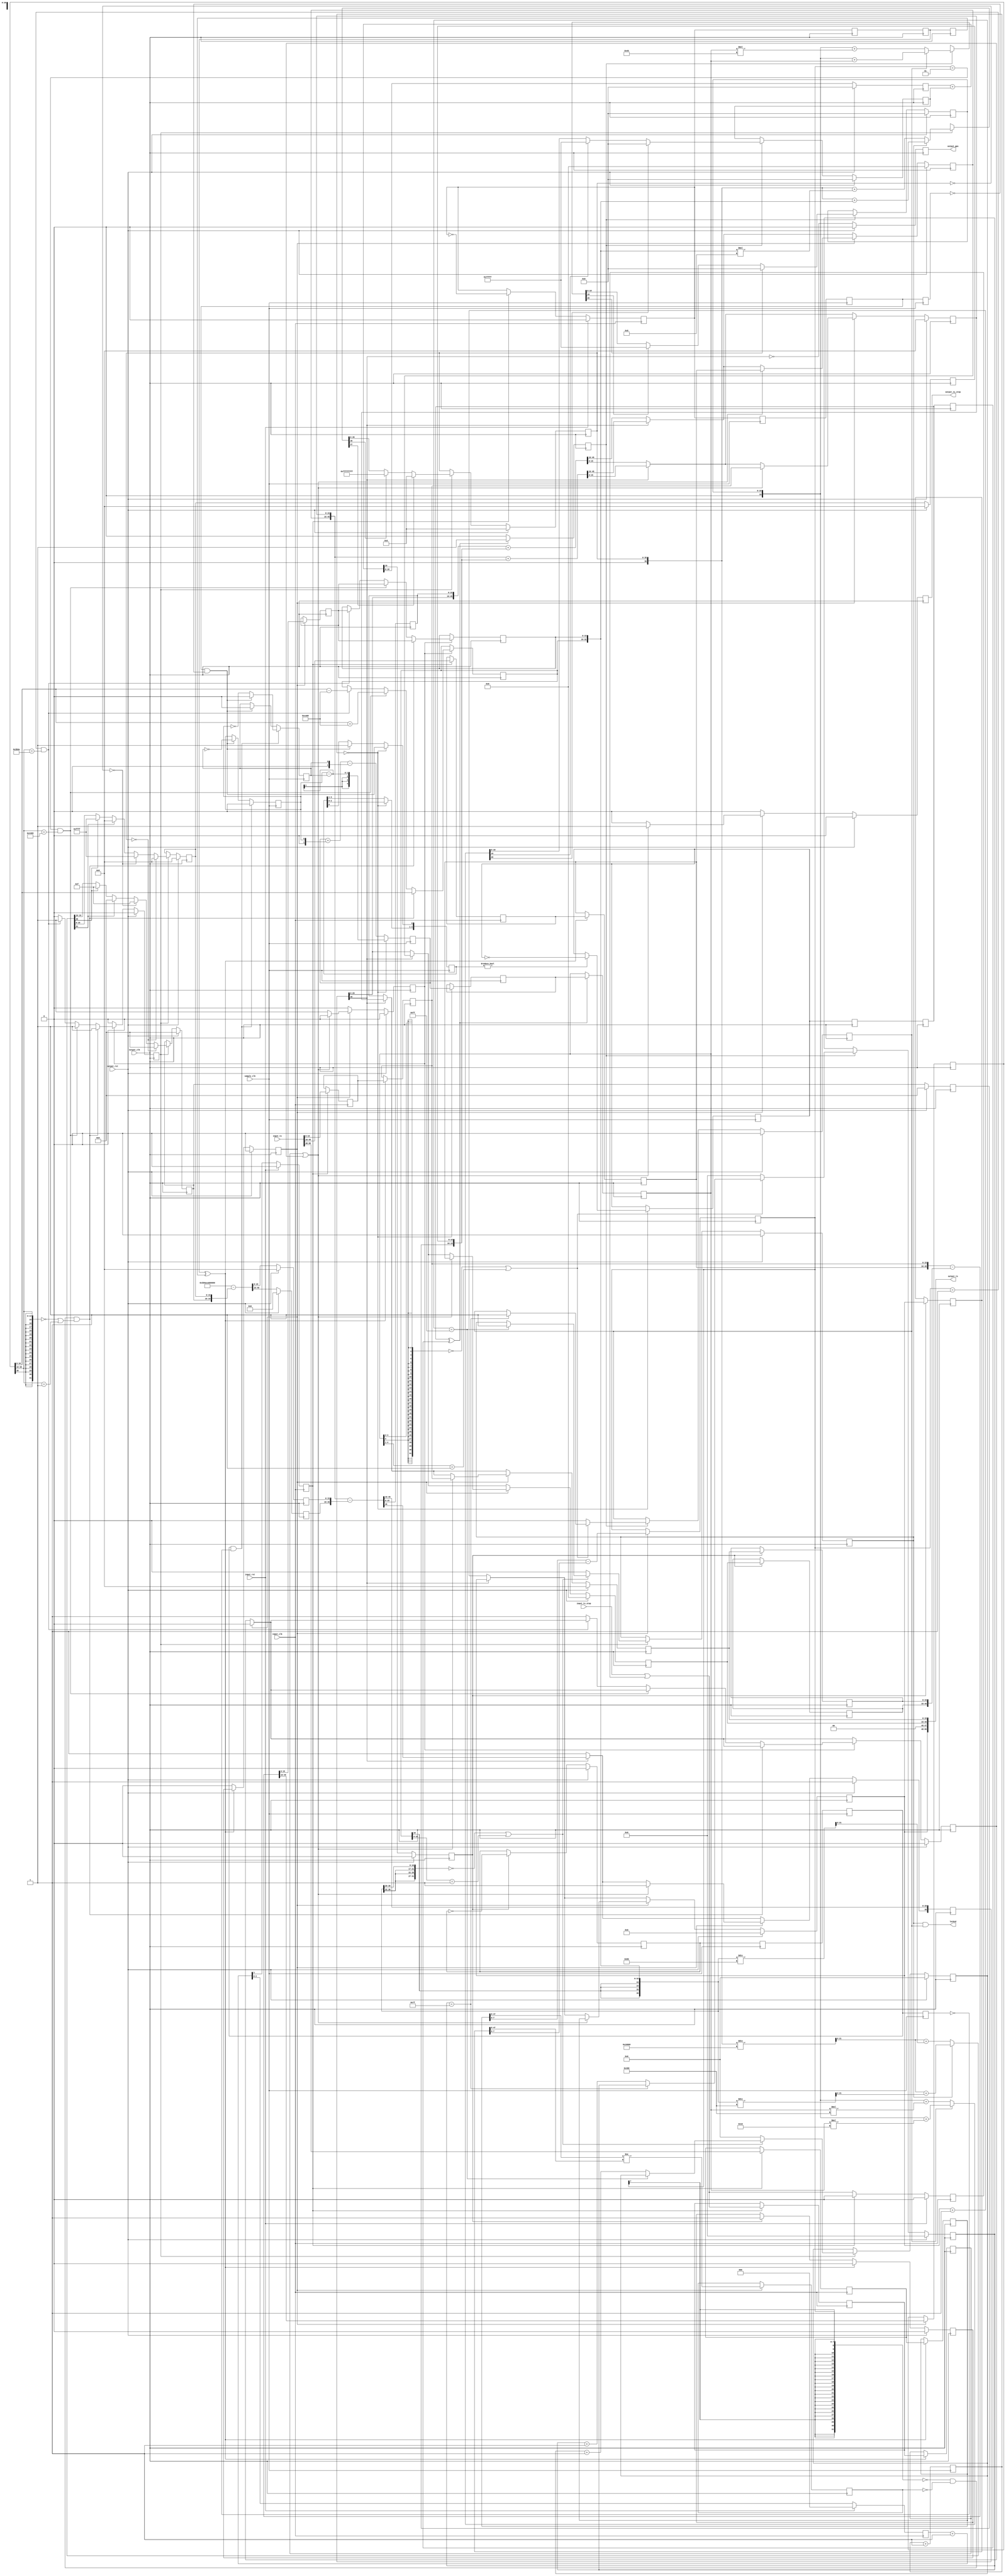
/*

Copyright (c) 2019-2021 Alex Forencich

Permission is hereby granted, free of charge, to any person obtaining a copy
of this software and associated documentation files (the "Software"), to deal
in the Software without restriction, including without limitation the rights
to use, copy, modify, merge, publish, distribute, sublicense, and/or sell
copies of the Software, and to permit persons to whom the Software is
furnished to do so, subject to the following conditions:

The above copyright notice and this permission notice shall be included in
all copies or substantial portions of the Software.

THE SOFTWARE IS PROVIDED "AS IS", WITHOUT WARRANTY OF ANY KIND, EXPRESS OR
IMPLIED, INCLUDING BUT NOT LIMITED TO THE WARRANTIES OF MERCHANTABILITY
FITNESS FOR A PARTICULAR PURPOSE AND NONINFRINGEMENT. IN NO EVENT SHALL THE
AUTHORS OR COPYRIGHT HOLDERS BE LIABLE FOR ANY CLAIM, DAMAGES OR OTHER
LIABILITY, WHETHER IN AN ACTION OF CONTRACT, TORT OR OTHERWISE, ARISING FROM,
OUT OF OR IN CONNECTION WITH THE SOFTWARE OR THE USE OR OTHER DEALINGS IN
THE SOFTWARE.

*/

// Language: Verilog 2001

`resetall
`timescale 1ns / 1ps
`default_nettype none

/*
 * PTP clock CDC (clock domain crossing) module
 */
module ptp_clock_cdc #
(
    parameter TS_WIDTH = 96,
    parameter NS_WIDTH = 4,
    parameter FNS_WIDTH = 16,
    parameter USE_SAMPLE_CLOCK = 1,
    parameter LOG_RATE = 3,
    parameter PIPELINE_OUTPUT = 0
)
(
    input  wire                 input_clk,
    input  wire                 input_rst,
    input  wire                 output_clk,
    input  wire                 output_rst,
    input  wire                 sample_clk,

    /*
     * Timestamp inputs from source PTP clock
     */
    input  wire [TS_WIDTH-1:0]  input_ts,
    input  wire                 input_ts_step,

    /*
     * Timestamp outputs
     */
    output wire [TS_WIDTH-1:0]  output_ts,
    output wire                 output_ts_step,

    /*
     * PPS output
     */
    output wire                 output_pps,

    /*
     * Status
     */
    output wire                 locked
);

// bus width assertions
initial begin
    if (TS_WIDTH != 64 && TS_WIDTH != 96) begin
        $error("Error: Timestamp width must be 64 or 96");
        $finish;
    end
end

parameter TS_NS_WIDTH = TS_WIDTH == 96 ? 30 : 48;

parameter PHASE_CNT_WIDTH = LOG_RATE;
parameter PHASE_ACC_WIDTH = PHASE_CNT_WIDTH+16;

parameter LOG_SAMPLE_SYNC_RATE = LOG_RATE;
parameter SAMPLE_ACC_WIDTH = LOG_SAMPLE_SYNC_RATE+2;

parameter DEST_SYNC_LOCK_WIDTH = 7;
parameter PTP_LOCK_WIDTH = 8;

localparam [30:0] NS_PER_S = 31'd1_000_000_000;

reg [NS_WIDTH-1:0] period_ns_reg = 0, period_ns_next;
reg [FNS_WIDTH-1:0] period_fns_reg = 0, period_fns_next;
reg [NS_WIDTH-1:0] period_ns_delay_reg = 0, period_ns_delay_next;
reg [FNS_WIDTH-1:0] period_fns_delay_reg = 0, period_fns_delay_next;
reg [30:0] period_ns_ovf_reg = 0, period_ns_ovf_next;
reg [FNS_WIDTH-1:0] period_fns_ovf_reg = 0, period_fns_ovf_next;

reg [47:0] src_ts_s_capt_reg = 0;
reg [TS_NS_WIDTH-1:0] src_ts_ns_capt_reg = 0;
reg [FNS_WIDTH-1:0] src_ts_fns_capt_reg = 0;
reg src_ts_step_capt_reg = 0;

reg [47:0] dest_ts_s_capt_reg = 0;
reg [TS_NS_WIDTH-1:0] dest_ts_ns_capt_reg = 0;
reg [FNS_WIDTH-1:0] dest_ts_fns_capt_reg = 0;

reg [47:0] ts_s_sync_reg = 0;
reg [TS_NS_WIDTH-1:0] ts_ns_sync_reg = 0;
reg [FNS_WIDTH-1:0] ts_fns_sync_reg = 0;
reg ts_step_sync_reg = 0;

reg [47:0] ts_s_reg = 0, ts_s_next;
reg [TS_NS_WIDTH-1:0] ts_ns_reg = 0, ts_ns_next;
reg [FNS_WIDTH-1:0] ts_fns_reg = 0, ts_fns_next;
reg [TS_NS_WIDTH-1:0] ts_ns_inc_reg = 0, ts_ns_inc_next;
reg [FNS_WIDTH-1:0] ts_fns_inc_reg = 0, ts_fns_inc_next;
reg [TS_NS_WIDTH+1-1:0] ts_ns_ovf_reg = {TS_NS_WIDTH+1{1'b1}}, ts_ns_ovf_next;
reg [FNS_WIDTH-1:0] ts_fns_ovf_reg = {FNS_WIDTH{1'b1}}, ts_fns_ovf_next;

reg ts_step_reg = 1'b0, ts_step_next;

reg pps_reg = 1'b0;

reg [47:0] ts_s_pipe_reg[0:PIPELINE_OUTPUT-1];
reg [TS_NS_WIDTH-1:0] ts_ns_pipe_reg[0:PIPELINE_OUTPUT-1];
reg [FNS_WIDTH-1:0] ts_fns_pipe_reg[0:PIPELINE_OUTPUT-1];
reg ts_step_pipe_reg[0:PIPELINE_OUTPUT-1];
reg pps_pipe_reg[0:PIPELINE_OUTPUT-1];

reg [PHASE_CNT_WIDTH-1:0] src_phase_reg = {PHASE_CNT_WIDTH{1'b0}};
reg [PHASE_ACC_WIDTH-1:0] dest_phase_reg = {PHASE_ACC_WIDTH{1'b0}}, dest_phase_next;
reg [PHASE_ACC_WIDTH-1:0] dest_phase_inc_reg = {PHASE_ACC_WIDTH{1'b0}}, dest_phase_inc_next;

reg src_sync_reg = 1'b0;
reg src_update_reg = 1'b0;
reg dest_sync_reg = 1'b0, dest_sync_next = 1'b0;
reg dest_update_reg = 1'b0, dest_update_next = 1'b0;

reg src_sync_sync1_reg = 1'b0;
reg src_sync_sync2_reg = 1'b0;
reg src_sync_sync3_reg = 1'b0;
reg dest_sync_sync1_reg = 1'b0;
reg dest_sync_sync2_reg = 1'b0;
reg dest_sync_sync3_reg = 1'b0;

reg src_sync_sample_sync1_reg = 1'b0;
reg src_sync_sample_sync2_reg = 1'b0;
reg src_sync_sample_sync3_reg = 1'b0;
reg dest_sync_sample_sync1_reg = 1'b0;
reg dest_sync_sample_sync2_reg = 1'b0;
reg dest_sync_sample_sync3_reg = 1'b0;

reg [SAMPLE_ACC_WIDTH-1:0] sample_acc_reg = 0, sample_acc_next = 0;
reg [SAMPLE_ACC_WIDTH-1:0] sample_acc_out_reg = 0;
reg [LOG_SAMPLE_SYNC_RATE-1:0] sample_cnt_reg = 0;
reg sample_update_reg = 1'b0;
reg sample_update_sync1_reg = 1'b0;
reg sample_update_sync2_reg = 1'b0;
reg sample_update_sync3_reg = 1'b0;

generate

if (PIPELINE_OUTPUT > 0) begin

    // pipeline
    (* shreg_extract = "no" *)
    reg [TS_WIDTH-1:0]  output_ts_reg[0:PIPELINE_OUTPUT-1];
    (* shreg_extract = "no" *)
    reg                 output_ts_step_reg[0:PIPELINE_OUTPUT-1];
    (* shreg_extract = "no" *)
    reg                 output_pps_reg[0:PIPELINE_OUTPUT-1];

    assign output_ts = output_ts_reg[PIPELINE_OUTPUT-1];
    assign output_ts_step = output_ts_step_reg[PIPELINE_OUTPUT-1];
    assign output_pps = output_pps_reg[PIPELINE_OUTPUT-1];

    integer i;

    initial begin
        for (i = 0; i < PIPELINE_OUTPUT; i = i + 1) begin
            output_ts_reg[i] = 0;
            output_ts_step_reg[i] = 1'b0;
            output_pps_reg[i] = 1'b0;
        end
    end

    always @(posedge output_clk) begin
        if (TS_WIDTH == 96) begin
            output_ts_reg[0][95:48] <= ts_s_reg;
            output_ts_reg[0][47:46] <= 2'b00;
            output_ts_reg[0][45:16] <= ts_ns_reg;
            output_ts_reg[0][15:0]  <= {ts_fns_reg, 16'd0} >> FNS_WIDTH;
        end else if (TS_WIDTH == 64) begin
            output_ts_reg[0][63:16] <= ts_ns_reg;
            output_ts_reg[0][15:0]  <= {ts_fns_reg, 16'd0} >> FNS_WIDTH;
        end

        output_ts_step_reg[0] <= ts_step_reg;
        output_pps_reg[0] <= pps_reg;

        for (i = 0; i < PIPELINE_OUTPUT-1; i = i + 1) begin
            output_ts_reg[i+1] <= output_ts_reg[i];
            output_ts_step_reg[i+1] <= output_ts_step_reg[i];
            output_pps_reg[i+1] <= output_pps_reg[i];
        end

        if (output_rst) begin
            for (i = 0; i < PIPELINE_OUTPUT; i = i + 1) begin
                output_ts_reg[i] <= 0;
                output_ts_step_reg[i] <= 1'b0;
                output_pps_reg[i] <= 1'b0;
            end
        end
    end

end else begin

    if (TS_WIDTH == 96) begin
        assign output_ts[95:48] = ts_s_reg;
        assign output_ts[47:46] = 2'b00;
        assign output_ts[45:16] = ts_ns_reg;
        assign output_ts[15:0]  = {ts_fns_reg, 16'd0} >> FNS_WIDTH;
    end else if (TS_WIDTH == 64) begin
        assign output_ts[63:16] = ts_ns_reg;
        assign output_ts[15:0]  = {ts_fns_reg, 16'd0} >> FNS_WIDTH;
    end

    assign output_ts_step = ts_step_reg;

    assign output_pps = pps_reg;

end

endgenerate

integer i;

initial begin
    for (i = 0; i < PIPELINE_OUTPUT; i = i + 1) begin
        ts_s_pipe_reg[i] = 0;
        ts_ns_pipe_reg[i] = 0;
        ts_fns_pipe_reg[i] = 0;
        ts_step_pipe_reg[i] = 1'b0;
        pps_pipe_reg[i] = 1'b0;
    end
end

// source PTP clock capture and sync logic
reg input_ts_step_reg = 1'b0;

always @(posedge input_clk) begin
    input_ts_step_reg <= input_ts_step || input_ts_step_reg;

    {src_update_reg, src_phase_reg} <= src_phase_reg+1;

    if (src_update_reg) begin
        // capture source TS
        if (TS_WIDTH == 96) begin
            src_ts_s_capt_reg <= input_ts[95:48];
            src_ts_ns_capt_reg <= input_ts[45:16];
        end else begin
            src_ts_ns_capt_reg <= input_ts[63:16];
        end
        src_ts_fns_capt_reg <= FNS_WIDTH > 16 ? input_ts[15:0] << (FNS_WIDTH-16) : input_ts[15:0] >> (16-FNS_WIDTH);
        src_ts_step_capt_reg <= input_ts_step || input_ts_step_reg;
        input_ts_step_reg <= 1'b0;
        src_sync_reg <= !src_sync_reg;
    end

    if (input_rst) begin
        input_ts_step_reg <= 1'b0;

        src_phase_reg <= {PHASE_CNT_WIDTH{1'b0}};
        src_sync_reg <= 1'b0;
        src_update_reg <= 1'b0;
    end
end

// CDC logic
always @(posedge output_clk) begin
    src_sync_sync1_reg <= src_sync_reg;
    src_sync_sync2_reg <= src_sync_sync1_reg;
    src_sync_sync3_reg <= src_sync_sync2_reg;
    dest_sync_sync1_reg <= dest_sync_reg;
    dest_sync_sync2_reg <= dest_sync_sync1_reg;
    dest_sync_sync3_reg <= dest_sync_sync2_reg;
end

always @(posedge sample_clk) begin
    src_sync_sample_sync1_reg <= src_sync_reg;
    src_sync_sample_sync2_reg <= src_sync_sample_sync1_reg;
    src_sync_sample_sync3_reg <= src_sync_sample_sync2_reg;
    dest_sync_sample_sync1_reg <= dest_sync_reg;
    dest_sync_sample_sync2_reg <= dest_sync_sample_sync1_reg;
    dest_sync_sample_sync3_reg <= dest_sync_sample_sync2_reg;
end

reg edge_1_reg = 1'b0;
reg edge_2_reg = 1'b0;

reg [3:0] active_reg = 0;

always @(posedge sample_clk) begin
    if (USE_SAMPLE_CLOCK) begin
        // phase and frequency detector
        if (dest_sync_sample_sync2_reg && !dest_sync_sample_sync3_reg) begin
            if (src_sync_sample_sync2_reg && !src_sync_sample_sync3_reg) begin
                edge_1_reg <= 1'b0;
                edge_2_reg <= 1'b0;
            end else begin
                edge_1_reg <= !edge_2_reg;
                edge_2_reg <= 1'b0;
            end
        end else if (src_sync_sample_sync2_reg && !src_sync_sample_sync3_reg) begin
            edge_1_reg <= 1'b0;
            edge_2_reg <= !edge_1_reg;
        end

        // accumulator
        sample_acc_reg <= $signed(sample_acc_reg) + $signed({1'b0, edge_2_reg}) - $signed({1'b0, edge_1_reg});

        sample_cnt_reg <= sample_cnt_reg + 1;

        if (src_sync_sample_sync2_reg && !src_sync_sample_sync3_reg) begin
            active_reg[0] <= 1'b1;
        end

        if (sample_cnt_reg == 0) begin
            active_reg <= {active_reg, src_sync_sample_sync2_reg && !src_sync_sample_sync3_reg};
            sample_acc_reg <= $signed({1'b0, edge_2_reg}) - $signed({1'b0, edge_1_reg});
            sample_acc_out_reg <= sample_acc_reg;
            if (active_reg != 0) begin
                sample_update_reg <= !sample_update_reg;
            end
        end
    end
end

always @(posedge output_clk) begin
    sample_update_sync1_reg <= sample_update_reg;
    sample_update_sync2_reg <= sample_update_sync1_reg;
    sample_update_sync3_reg <= sample_update_sync2_reg;
end

reg [SAMPLE_ACC_WIDTH-1:0] sample_acc_sync_reg = 0;
reg sample_acc_sync_valid_reg = 0;

always @(posedge output_clk) begin
    if (USE_SAMPLE_CLOCK) begin
        // latch in synchronized counts from phase detector
        sample_acc_sync_valid_reg <= 1'b0;
        if (sample_update_sync2_reg ^ sample_update_sync3_reg) begin
            sample_acc_sync_reg <= sample_acc_out_reg;
            sample_acc_sync_valid_reg <= 1'b1;
        end
    end else begin
        // phase and frequency detector
        if (dest_sync_sync2_reg && !dest_sync_sync3_reg) begin
            if (src_sync_sync2_reg && !src_sync_sync3_reg) begin
                edge_1_reg <= 1'b0;
                edge_2_reg <= 1'b0;
            end else begin
                edge_1_reg <= !edge_2_reg;
                edge_2_reg <= 1'b0;
            end
        end else if (src_sync_sync2_reg && !src_sync_sync3_reg) begin
            edge_1_reg <= 1'b0;
            edge_2_reg <= !edge_1_reg;
        end

        // accumulator
        sample_acc_reg <= $signed(sample_acc_reg) + $signed({1'b0, edge_2_reg}) - $signed({1'b0, edge_1_reg});

        sample_cnt_reg <= sample_cnt_reg + 1;

        if (src_sync_sync2_reg && !src_sync_sync3_reg) begin
            active_reg[0] <= 1'b1;
        end

        sample_acc_sync_valid_reg <= 1'b0;
        if (sample_cnt_reg == 0) begin
            active_reg <= {active_reg, src_sync_sync2_reg && !src_sync_sync3_reg};
            sample_acc_reg <= $signed({1'b0, edge_2_reg}) - $signed({1'b0, edge_1_reg});
            sample_acc_sync_reg <= sample_acc_reg;
            if (active_reg != 0) begin
                sample_acc_sync_valid_reg <= 1'b1;
            end
        end
    end
end

reg [PHASE_ACC_WIDTH-1:0] dest_err_int_reg = 0, dest_err_int_next = 0;
reg [1:0] dest_ovf;

reg [DEST_SYNC_LOCK_WIDTH-1:0] dest_sync_lock_count_reg = 0, dest_sync_lock_count_next;
reg dest_sync_locked_reg = 1'b0, dest_sync_locked_next;

always @* begin
    {dest_update_next, dest_phase_next} = dest_phase_reg + dest_phase_inc_reg;
    dest_phase_inc_next = dest_phase_inc_reg;

    dest_err_int_next = dest_err_int_reg;

    dest_sync_lock_count_next = dest_sync_lock_count_reg;
    dest_sync_locked_next = dest_sync_locked_reg;

    if (sample_acc_sync_valid_reg) begin
        // updated sampled dest_phase error

        // time integral of error
        if (dest_sync_locked_reg) begin
            {dest_ovf, dest_err_int_next} = $signed({1'b0, dest_err_int_reg}) + $signed(sample_acc_sync_reg);
        end else begin
            {dest_ovf, dest_err_int_next} = $signed({1'b0, dest_err_int_reg}) + ($signed(sample_acc_sync_reg) * 2**6);
        end

        // saturate
        if (dest_ovf[1]) begin
            // sign bit set indicating underflow across zero; saturate to zero
            dest_err_int_next = {PHASE_ACC_WIDTH{1'b0}};
        end else if (dest_ovf[0]) begin
            // sign bit clear but carry bit set indicating overflow; saturate to all 1
            dest_err_int_next = {PHASE_ACC_WIDTH{1'b1}};
        end

        // compute output
        if (dest_sync_locked_reg) begin
            {dest_ovf, dest_phase_inc_next} = $signed({1'b0, dest_err_int_reg}) + ($signed(sample_acc_sync_reg) * 2**4);
        end else begin
            {dest_ovf, dest_phase_inc_next} = $signed({1'b0, dest_err_int_reg}) + ($signed(sample_acc_sync_reg) * 2**10);
        end

        // saturate
        if (dest_ovf[1]) begin
            // sign bit set indicating underflow across zero; saturate to zero
            dest_phase_inc_next = {PHASE_ACC_WIDTH{1'b0}};
        end else if (dest_ovf[0]) begin
            // sign bit clear but carry bit set indicating overflow; saturate to all 1
            dest_phase_inc_next = {PHASE_ACC_WIDTH{1'b1}};
        end

        // locked status
        if ($signed(sample_acc_sync_reg[SAMPLE_ACC_WIDTH-1:2]) == 0 || $signed(sample_acc_sync_reg[SAMPLE_ACC_WIDTH-1:1]) == -1) begin
            if (dest_sync_lock_count_reg == {DEST_SYNC_LOCK_WIDTH{1'b1}}) begin
                dest_sync_locked_next = 1'b1;
            end else begin
                dest_sync_lock_count_next = dest_sync_lock_count_reg + 1;
            end
        end else begin
            dest_sync_lock_count_next = 0;
            dest_sync_locked_next = 1'b0;
        end
    end
end

reg ts_sync_valid_reg = 1'b0;
reg ts_capt_valid_reg = 1'b0;

always @(posedge output_clk) begin
    dest_phase_reg <= dest_phase_next;
    dest_phase_inc_reg <= dest_phase_inc_next;
    dest_update_reg <= dest_update_next;

    if (dest_update_reg) begin
        // capture local TS
        if (PIPELINE_OUTPUT > 0) begin
            dest_ts_s_capt_reg <= ts_s_pipe_reg[PIPELINE_OUTPUT-1];
            dest_ts_ns_capt_reg <= ts_ns_pipe_reg[PIPELINE_OUTPUT-1];
            dest_ts_fns_capt_reg <= ts_fns_pipe_reg[PIPELINE_OUTPUT-1];
        end else begin
            dest_ts_s_capt_reg <= ts_s_reg;
            dest_ts_ns_capt_reg <= ts_ns_reg;
            dest_ts_fns_capt_reg <= ts_fns_reg;
        end

        dest_sync_reg <= !dest_sync_reg;
        ts_capt_valid_reg <= 1'b1;
    end

    ts_sync_valid_reg <= 1'b0;

    if (src_sync_sync2_reg ^ src_sync_sync3_reg) begin
        // store captured source TS
        if (TS_WIDTH == 96) begin
            ts_s_sync_reg <= src_ts_s_capt_reg;
        end
        ts_ns_sync_reg <= src_ts_ns_capt_reg;
        ts_fns_sync_reg <= src_ts_fns_capt_reg;
        ts_step_sync_reg <= src_ts_step_capt_reg;

        ts_sync_valid_reg <= ts_capt_valid_reg;
        ts_capt_valid_reg <= 1'b0;
    end

    dest_err_int_reg <= dest_err_int_next;

    dest_sync_lock_count_reg <= dest_sync_lock_count_next;
    dest_sync_locked_reg <= dest_sync_locked_next;

    if (output_rst) begin
        dest_phase_reg <= {PHASE_ACC_WIDTH{1'b0}};
        dest_phase_inc_reg <= {PHASE_ACC_WIDTH{1'b0}};
        dest_sync_reg <= 1'b0;
        dest_update_reg <= 1'b0;

        dest_err_int_reg <= 0;

        dest_sync_lock_count_reg <= 0;
        dest_sync_locked_reg <= 1'b0;

        ts_sync_valid_reg <= 1'b0;
        ts_capt_valid_reg <= 1'b0;
    end
end

parameter TIME_ERR_INT_WIDTH = NS_WIDTH+FNS_WIDTH+16;

reg sec_mismatch_reg = 1'b0, sec_mismatch_next;
reg diff_valid_reg = 1'b0, diff_valid_next;
reg diff_corr_valid_reg = 1'b0, diff_corr_valid_next;

reg ts_s_msb_diff_reg = 1'b0, ts_s_msb_diff_next;
reg [7:0] ts_s_diff_reg = 0, ts_s_diff_next;
reg [TS_NS_WIDTH+1-1:0] ts_ns_diff_reg = 0, ts_ns_diff_next;
reg [FNS_WIDTH-1:0] ts_fns_diff_reg = 0, ts_fns_diff_next;

reg [16:0] ts_ns_diff_corr_reg = 0, ts_ns_diff_corr_next;
reg [FNS_WIDTH-1:0] ts_fns_diff_corr_reg = 0, ts_fns_diff_corr_next;

reg [TIME_ERR_INT_WIDTH-1:0] time_err_int_reg = 0, time_err_int_next;

reg [1:0] ptp_ovf;

reg [PTP_LOCK_WIDTH-1:0] ptp_lock_count_reg = 0, ptp_lock_count_next;
reg ptp_locked_reg = 1'b0, ptp_locked_next;

assign locked = ptp_locked_reg && dest_sync_locked_reg;

always @* begin
    period_ns_next = period_ns_reg;
    period_fns_next = period_fns_reg;

    ts_s_next = ts_s_reg;
    ts_ns_next = ts_ns_reg;
    ts_fns_next = ts_fns_reg;
    ts_ns_inc_next = ts_ns_inc_reg;
    ts_fns_inc_next = ts_fns_inc_reg;
    ts_ns_ovf_next = ts_ns_ovf_reg;
    ts_fns_ovf_next = ts_fns_ovf_reg;

    ts_step_next = 0;

    diff_valid_next = 1'b0;
    diff_corr_valid_next = 1'b0;

    sec_mismatch_next = sec_mismatch_reg;
    diff_valid_next = 1'b0;
    diff_corr_valid_next = 1'b0;

    ts_s_msb_diff_next = ts_s_msb_diff_reg;
    ts_s_diff_next = ts_s_diff_reg;
    ts_ns_diff_next = ts_ns_diff_reg;
    ts_fns_diff_next = ts_fns_diff_reg;

    ts_ns_diff_corr_next = ts_ns_diff_corr_reg;
    ts_fns_diff_corr_next = ts_fns_diff_corr_reg;

    time_err_int_next = time_err_int_reg;

    ptp_lock_count_next = ptp_lock_count_reg;
    ptp_locked_next = ptp_locked_reg;

    // PTP clock
    {period_ns_delay_next, period_fns_delay_next} = {period_ns_reg, period_fns_reg};
    {period_ns_ovf_next, period_fns_ovf_next} = {NS_PER_S, {FNS_WIDTH{1'b0}}} - {period_ns_reg, period_fns_reg};

    if (TS_WIDTH == 96) begin
        // 96 bit timestamp
        {ts_ns_inc_next, ts_fns_inc_next} = {ts_ns_inc_reg, ts_fns_inc_reg} + {period_ns_delay_reg, period_fns_delay_reg};
        {ts_ns_ovf_next, ts_fns_ovf_next} = {ts_ns_inc_reg, ts_fns_inc_reg} - {period_ns_ovf_reg, period_fns_ovf_reg};
        {ts_ns_next, ts_fns_next} = {ts_ns_inc_reg, ts_fns_inc_reg};

        if (!ts_ns_ovf_reg[30]) begin
            // if the overflow lookahead did not borrow, one second has elapsed
            // increment seconds field, pre-compute normal increment, force overflow lookahead borrow bit set
            {ts_ns_inc_next, ts_fns_inc_next} = {ts_ns_ovf_reg, ts_fns_ovf_reg} + {period_ns_delay_reg, period_fns_delay_reg};
            ts_ns_ovf_next[30] = 1'b1;
            {ts_ns_next, ts_fns_next} = {ts_ns_ovf_reg, ts_fns_ovf_reg};
            ts_s_next = ts_s_reg + 1;
        end
    end else if (TS_WIDTH == 64) begin
        // 64 bit timestamp
        {ts_ns_next, ts_fns_next} = {ts_ns_reg, ts_fns_reg} + {period_ns_reg, period_fns_reg};
    end

    if (ts_sync_valid_reg) begin
        // Read new value
        if (TS_WIDTH == 96) begin
            if (ts_step_sync_reg || sec_mismatch_reg) begin
                // input stepped
                sec_mismatch_next = 1'b0;

                ts_s_next = ts_s_sync_reg;
                ts_ns_next = ts_ns_sync_reg;
                ts_ns_inc_next = ts_ns_sync_reg;
                ts_ns_ovf_next[30] = 1'b1;
                ts_fns_next = ts_fns_sync_reg;
                ts_fns_inc_next = ts_fns_sync_reg;
                ts_step_next = 1;
            end else begin
                // input did not step
                sec_mismatch_next = 1'b0;
                diff_valid_next = 1'b1;
            end
            // compute difference
            ts_s_msb_diff_next = ts_s_sync_reg[47:8] != dest_ts_s_capt_reg[47:8];
            ts_s_diff_next = ts_s_sync_reg[7:0] - dest_ts_s_capt_reg[7:0];
            {ts_ns_diff_next, ts_fns_diff_next} = {ts_ns_sync_reg, ts_fns_sync_reg} - {dest_ts_ns_capt_reg, dest_ts_fns_capt_reg};
        end else if (TS_WIDTH == 64) begin
            if (ts_step_sync_reg || sec_mismatch_reg) begin
                // input stepped
                sec_mismatch_next = 1'b0;

                ts_ns_next = ts_ns_sync_reg;
                ts_fns_next = ts_fns_sync_reg;
                ts_step_next = 1;
            end else begin
                // input did not step
                sec_mismatch_next = 1'b0;
                diff_valid_next = 1'b1;
            end
            // compute difference
            {ts_ns_diff_next, ts_fns_diff_next} = {ts_ns_sync_reg, ts_fns_sync_reg} - {dest_ts_ns_capt_reg, dest_ts_fns_capt_reg};
        end
    end

    if (diff_valid_reg) begin
        // seconds field correction
        if (TS_WIDTH == 96) begin
            if ($signed(ts_s_diff_reg) == 0 && ts_s_msb_diff_reg == 0 && ($signed(ts_ns_diff_reg[30:16]) == 0 || $signed(ts_ns_diff_reg[30:16]) == -1)) begin
                // difference is small and no seconds difference; slew
                ts_ns_diff_corr_next = ts_ns_diff_reg[16:0];
                ts_fns_diff_corr_next = ts_fns_diff_reg;
                diff_corr_valid_next = 1'b1;
            end else if ($signed(ts_s_diff_reg) == 1 && ts_ns_diff_reg[30:16] == ~NS_PER_S[30:16]) begin
                // difference is small with 1 second difference; adjust and slew
                ts_ns_diff_corr_next = ts_ns_diff_reg[16:0] + NS_PER_S[16:0];
                ts_fns_diff_corr_next = ts_fns_diff_reg;
                diff_corr_valid_next = 1'b1;
            end else if ($signed(ts_s_diff_reg) == -1 && ts_ns_diff_reg[30:16] == NS_PER_S[30:16]) begin
                // difference is small with 1 second difference; adjust and slew
                ts_ns_diff_corr_next = ts_ns_diff_reg[16:0] - NS_PER_S[16:0];
                ts_fns_diff_corr_next = ts_fns_diff_reg;
                diff_corr_valid_next = 1'b1;
            end else begin
                // difference is too large; step the clock
                sec_mismatch_next = 1'b1;
            end
        end else if (TS_WIDTH == 64) begin
            if ($signed(ts_ns_diff_reg[47:16]) == 0 || $signed(ts_ns_diff_reg[47:16]) == -1) begin
                // difference is small enough to slew
                ts_ns_diff_corr_next = ts_ns_diff_reg[16:0];
                ts_fns_diff_corr_next = ts_fns_diff_reg;
                diff_corr_valid_next = 1'b1;
            end else begin
                // difference is too large; step the clock
                sec_mismatch_next = 1'b1;
            end
        end
    end

    if (diff_corr_valid_reg) begin
        // PI control

        // time integral of error
        if (ptp_locked_reg) begin
            {ptp_ovf, time_err_int_next} = $signed({1'b0, time_err_int_reg}) + $signed({ts_ns_diff_corr_reg, ts_fns_diff_corr_reg});
        end else begin
            {ptp_ovf, time_err_int_next} = $signed({1'b0, time_err_int_reg}) + ($signed({ts_ns_diff_corr_reg, ts_fns_diff_corr_reg}) * 2**3);
        end

        // saturate
        if (ptp_ovf[1]) begin
            // sign bit set indicating underflow across zero; saturate to zero
            time_err_int_next = {TIME_ERR_INT_WIDTH{1'b0}};
        end else if (ptp_ovf[0]) begin
            // sign bit clear but carry bit set indicating overflow; saturate to all 1
            time_err_int_next = {TIME_ERR_INT_WIDTH{1'b1}};
        end

        // compute output
        if (ptp_locked_reg) begin
            {ptp_ovf, period_ns_next, period_fns_next} = ($signed({1'b0, time_err_int_reg}) / 2**16) + ($signed({ts_ns_diff_corr_reg, ts_fns_diff_corr_reg}) / 2**10);
        end else begin
            {ptp_ovf, period_ns_next, period_fns_next} = ($signed({1'b0, time_err_int_reg}) / 2**16) + ($signed({ts_ns_diff_corr_reg, ts_fns_diff_corr_reg}) / 2**7);
        end

        // saturate
        if (ptp_ovf[1]) begin
            // sign bit set indicating underflow across zero; saturate to zero
            {period_ns_next, period_fns_next} = {NS_WIDTH+FNS_WIDTH{1'b0}};
        end else if (ptp_ovf[0]) begin
            // sign bit clear but carry bit set indicating overflow; saturate to all 1
            {period_ns_next, period_fns_next} = {NS_WIDTH+FNS_WIDTH{1'b1}};
        end

        // adjust period if integrator is saturated
        if (time_err_int_reg == 0) begin
            {period_ns_next, period_fns_next} = {NS_WIDTH+FNS_WIDTH{1'b0}};
        end else if (~time_err_int_reg == 0) begin
            {period_ns_next, period_fns_next} = {NS_WIDTH+FNS_WIDTH{1'b1}};
        end

        // locked status
        if ($signed(ts_ns_diff_corr_reg[17-1:4]) == 0 || $signed(ts_ns_diff_corr_reg[17-1:4]) == -1) begin
            if (ptp_lock_count_reg == {PTP_LOCK_WIDTH{1'b1}}) begin
                ptp_locked_next = 1'b1;
            end else begin
                ptp_lock_count_next = ptp_lock_count_reg + 1;
            end
        end else begin
            ptp_lock_count_next = 0;
            ptp_locked_next = 1'b0;
        end
    end
end

always @(posedge output_clk) begin
    period_ns_reg <= period_ns_next;
    period_fns_reg <= period_fns_next;
    period_ns_delay_reg <= period_ns_delay_next;
    period_fns_delay_reg <= period_fns_delay_next;
    period_ns_ovf_reg <= period_ns_ovf_next;
    period_fns_ovf_reg <= period_fns_ovf_next;

    ts_s_reg <= ts_s_next;
    ts_ns_reg <= ts_ns_next;
    ts_fns_reg <= ts_fns_next;
    ts_ns_inc_reg <= ts_ns_inc_next;
    ts_fns_inc_reg <= ts_fns_inc_next;
    ts_ns_ovf_reg <= ts_ns_ovf_next;
    ts_fns_ovf_reg <= ts_fns_ovf_next;

    ts_step_reg <= ts_step_next;

    sec_mismatch_reg <= sec_mismatch_next;
    diff_valid_reg <= diff_valid_next;
    diff_corr_valid_reg <= diff_corr_valid_next;

    ts_s_msb_diff_reg <= ts_s_msb_diff_next;
    ts_s_diff_reg <= ts_s_diff_next;
    ts_ns_diff_reg <= ts_ns_diff_next;
    ts_fns_diff_reg <= ts_fns_diff_next;

    ts_ns_diff_corr_reg <= ts_ns_diff_corr_next;
    ts_fns_diff_corr_reg <= ts_fns_diff_corr_next;

    time_err_int_reg <= time_err_int_next;

    ptp_lock_count_reg <= ptp_lock_count_next;
    ptp_locked_reg <= ptp_locked_next;

    // PPS output
    if (TS_WIDTH == 96) begin
        pps_reg <= !ts_ns_ovf_reg[30];
    end else if (TS_WIDTH == 64) begin
        pps_reg <= 1'b0; // not currently implemented for 64 bit timestamp format
    end

    // pipeline
    if (PIPELINE_OUTPUT > 0) begin
        ts_s_pipe_reg[0] <= ts_s_reg;
        ts_ns_pipe_reg[0] <= ts_ns_reg;
        ts_fns_pipe_reg[0] <= ts_fns_reg;
        ts_step_pipe_reg[0] <= ts_step_reg;
        pps_pipe_reg[0] <= pps_reg;

        for (i = 0; i < PIPELINE_OUTPUT-1; i = i + 1) begin
            ts_s_pipe_reg[i+1] <= ts_s_pipe_reg[i];
            ts_ns_pipe_reg[i+1] <= ts_ns_pipe_reg[i];
            ts_fns_pipe_reg[i+1] <= ts_fns_pipe_reg[i];
            ts_step_pipe_reg[i+1] <= ts_step_pipe_reg[i];
            pps_pipe_reg[i+1] <= pps_pipe_reg[i];
        end
    end

    if (output_rst) begin
        period_ns_reg <= 0;
        period_fns_reg <= 0;
        period_ns_delay_reg <= 0;
        period_fns_delay_reg <= 0;
        period_ns_ovf_reg <= 0;
        period_fns_ovf_reg <= 0;
        ts_s_reg <= 0;
        ts_ns_reg <= 0;
        ts_fns_reg <= 0;
        ts_ns_inc_reg <= 0;
        ts_fns_inc_reg <= 0;
        ts_ns_ovf_reg[30] <= 1'b1;
        ts_step_reg <= 0;
        pps_reg <= 0;

        sec_mismatch_reg <= 1'b0;
        diff_valid_reg <= 1'b0;
        diff_corr_valid_reg <= 1'b0;

        time_err_int_reg <= 0;

        ptp_lock_count_reg <= 0;
        ptp_locked_reg <= 1'b0;

        for (i = 0; i < PIPELINE_OUTPUT; i = i + 1) begin
            ts_s_pipe_reg[i] <= 0;
            ts_ns_pipe_reg[i] <= 0;
            ts_fns_pipe_reg[i] <= 0;
            ts_step_pipe_reg[i] <= 1'b0;
            pps_pipe_reg[i] <= 1'b0;
        end
    end
end

endmodule

`resetall